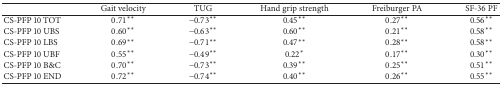
<table><thead><tr><td><b> </b></td><td><b>Gait velocity</b></td><td><b>TUG</b></td><td><b>Hand grip strength</b></td><td><b>Freiburger PA</b></td><td><b>SF-36 PF</b></td></tr></thead><tbody><tr><td>CS-PFP 10 TOT</td><td>0.71<sup><i>∗∗</i></sup></td><td>−0.73<sup><i>∗∗</i></sup></td><td>0.45<sup><i>∗∗</i></sup></td><td>0.27<sup><i>∗∗</i></sup></td><td>0.56<sup><i>∗∗</i></sup></td></tr><tr><td>CS-PFP 10 UBS</td><td>0.60<sup><i>∗∗</i></sup></td><td>−0.63<sup><i>∗∗</i></sup></td><td>0.60<sup><i>∗∗</i></sup></td><td>0.21<sup><i>∗∗</i></sup></td><td>0.58<sup><i>∗∗</i></sup></td></tr><tr><td>CS-PFP 10 LBS</td><td>0.69<sup><i>∗∗</i></sup></td><td>−0.71<sup><i>∗∗</i></sup></td><td>0.47<sup><i>∗∗</i></sup></td><td>0.28<sup><i>∗∗</i></sup></td><td>0.58<sup><i>∗∗</i></sup></td></tr><tr><td>CS-PFP 10 UBF</td><td>0.55<sup><i>∗∗</i></sup></td><td>−0.49<sup><i>∗∗</i></sup></td><td>0.22<sup><i>∗</i></sup></td><td>0.17<sup><i>∗∗</i></sup></td><td>0.30<sup><i>∗∗</i></sup></td></tr><tr><td>CS-PFP 10 B&amp;C</td><td>0.70<sup><i>∗∗</i></sup></td><td>−0.73<sup><i>∗∗</i></sup></td><td>0.39<sup><i>∗∗</i></sup></td><td>0.25<sup><i>∗∗</i></sup></td><td>0.51<sup><i>∗∗</i></sup></td></tr><tr><td>CS-PFP 10 END</td><td>0.72<sup><i>∗∗</i></sup></td><td>−0.74<sup><i>∗∗</i></sup></td><td>0.40<sup><i>∗∗</i></sup></td><td>0.26<sup><i>∗∗</i></sup></td><td>0.55<sup><i>∗∗</i></sup></td></tr></tbody></table>